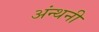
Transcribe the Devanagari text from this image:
अंन्थनी